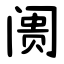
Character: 阓